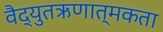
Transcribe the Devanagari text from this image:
वैद्युतऋणात्मकता